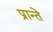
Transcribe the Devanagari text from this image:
प्रान्ते